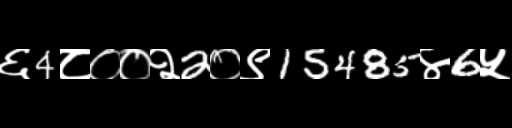
Text: ६4८००२2०९15485४6५